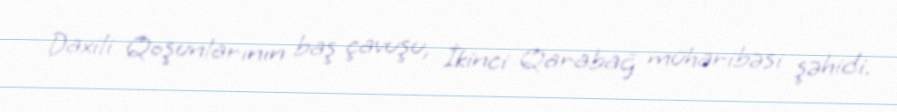
Daxili Qoşunlarının baş çavuşu, İkinci Qarabağ müharibəsi şəhidi.